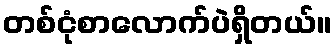
တစ်ငုံစာလောက်ပဲရှိတယ်။